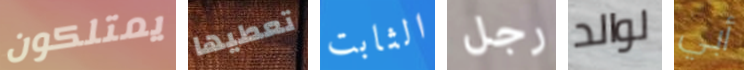
يمتلكون تعطيها الثابت رجل لوالد أبي